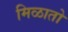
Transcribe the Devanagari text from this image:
मिळातो